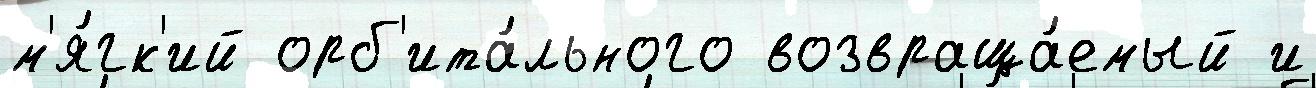
м'я́гк'ий орб'ита́льного возвраща́емый и